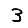
Digit: 3